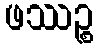
ဖဿဉ္စ